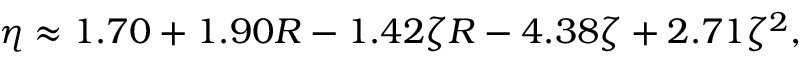
\eta \approx 1 . 7 0 + 1 . 9 0 R - 1 . 4 2 \zeta R - 4 . 3 8 \zeta + 2 . 7 1 \zeta ^ { 2 } ,